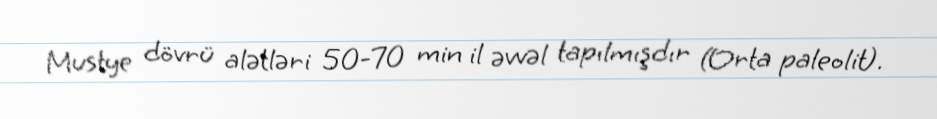
Mustye dövrü alətləri 50-70 min il əvvəl tapılmışdır (Orta paleolit).